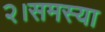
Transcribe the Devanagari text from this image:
२।समस्या